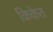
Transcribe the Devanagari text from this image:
किकेत